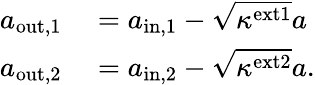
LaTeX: \begin{array}{rl}{a_{\mathrm{out,1}}}&{{}=a_{\mathrm{in,1}}-\sqrt{\kappa^{\mathrm{ext1}}}a}\\ {a_{\mathrm{out,2}}}&{{}=a_{\mathrm{in,2}}-\sqrt{\kappa^{\mathrm{ext2}}}a.}\end{array}